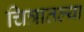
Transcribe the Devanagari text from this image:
चित्रातल्या